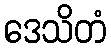
ဒေသိတံ